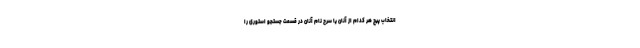
انتخاب پیج هر کدام از آنان یا سرچ نام آنان در قسمت جستجو استوری را